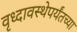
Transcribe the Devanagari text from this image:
वृध्दावस्थेपर्यंतच्या